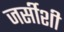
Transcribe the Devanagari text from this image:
जर्सीशी